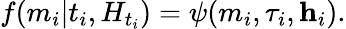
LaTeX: f(m_{i}|t_{i},H_{t_{i}})=\psi(m_{i},\tau_{i},\textbf{h}_{i}).